Report on horse surra - Volume I
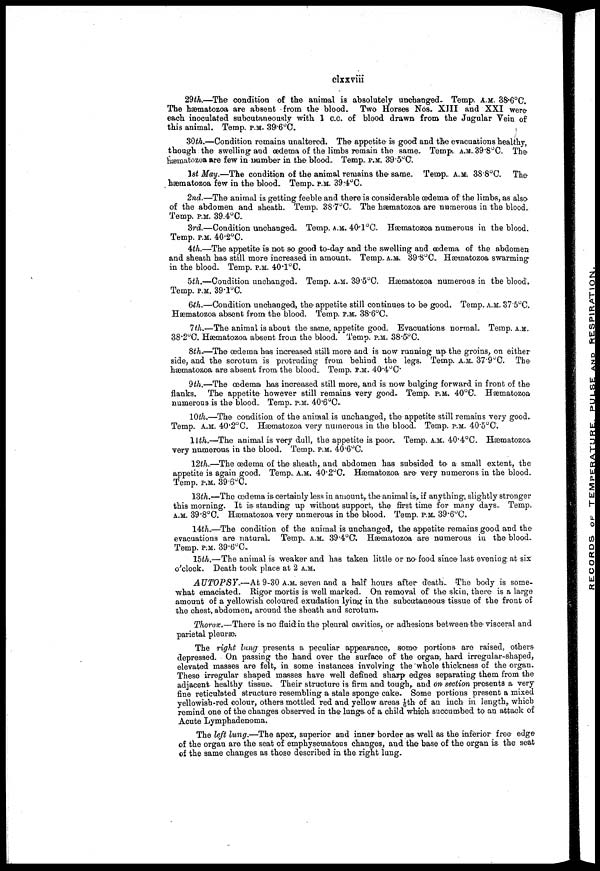
clxxviii
29th.—The condition of the animal is absolutely unchanged. Temp. A.M. 38.6°C.
The hæmatozoa are absent from the blood. Two Horses Nos. XIII and XXI were
each inoculated subcutaneously with 1 c.c. of blood drawn from the Jugular Vein of
this animal. Temp. P.M. 39.6°C.
30th.—Condition remains unaltered. The appetite is good and the evacuations healthy,
though the swelling and œdema of the limbs remain the same.. Temp A.M..39.8°C. The
hærnatozoa are few in number in the blood. Temp. P.M. 39.5°C.
1st May.—The condition of the animal remains the-same. Temp. A.M. 38.8°C. The
hæmatozoa few in the blood. Temp. P.M. 39.4°C.
2nd.—The animal is getting feeble and there is considerable œdema of the limbs, as also
of the abdomen and sheath.. Temp. 38.7°C.. The hæmatozoa are numerous in the blood.
Temp. P.M. 39.4°C.
3rd.—Condition unchanged. Temp. A.M. 40.1oC.. Hæmatoaoa numerous in the blood.
Temp. P.M. 40.2°C.
4th.—The appetite is not so good to-day and the swelling and œdema of the abdomen
and sheach baa still more increased in amount. Temp. A.M. 39.8°C Hæmatozoa swarming-
in the blood. Temp. P.M. 40.l°C.
5th.—Condition unchanged. Temp. A.M. 39.5°C. Hæmatozoa numerous in the blood.
Temp. P.M. 39.l°C.
6th.—Condition unchanged, the appetite still continues to be good. Temp. A.M. 37.5°C.
Hæmatozoa absent from the blood. Temp. P.M. 38.6°C.
7th.—The animal is about the same, appetite good. Evacuations normal.. Temp. A.M..
38.20C Hæmatozoa absent from the blood. Temp. p:m. 38.50C.
8th*—The œdema has increased still more and is now running up. the groins, on either
side, and the scrotum is protruding from behind the legs. Temp. A.M. 37.9°C. The-
hæmatozoa are absent from the blood.. Temp. P.M. 40.4°C.
9th.—The œdema has increased still more, and is now bulging forward in front of the
flanks.
The appetite however still remains very good. Temp. P.M. 40°C. Hæmatozoa
numerous is the blood. Temp. P.M. 40.6°C.
10th.—The condition of the animal is unchanged, the appetite still remains very good.
Temp. A.M. 40.2°C. Hæmatozoa very numerous in the blood. Temp. P.M. 40.5°C.
11th.—The animal is very dull, the appetite is poor.. Temp. A.M.. 40.4°C. Hæmatozoa
very numerous in the blood. Temp. P.M. 40.6°C.
12th..—The œdema of the sheath, and abdomen has subsided to a small extent, the
appetite is again good. Temp. A.M. 40.2°C. Hæmatozoa are- very numerous in the blood.
Temp. P.M. 39.6°C.
13th.—The œdema is certainly less in amount, the animal is, if anything-, slightly stronger
this morning. It is standing up without support, the first time for many days.. Temp.
A.M. 39.8°C. Hæmatozoa very numerous in the blood. Temp. P.M. 39.6°C.
14th..—The condition of the animal is unchanged, the appetite remains good and the
evacuations are natural. Temp. A.M. 39.4°C. Hæmatozoa are numerous in the blood.
Temp. P.M. 39.6°C.
15th.—The animal is weaker and has taken little or no food since last evening-at six
o'clock. Death took place at 2 A.M.
AUTOPSY-—At 9-30 A.M. seven and a half hours after death.. The body is some-
what emaciated. Rigor mortis is well marked. On removal of' the skin, there is a large
amount of a yellowish coloured exudation lying in the subcutaneous tissue of the front of
the chest, abdomen, around the sheath and scrotum.
Thorax.—There is-no fluid in the pleural cavities, or adhesions between the visceral and
parietal pleuræ-.
The right lung- presents a peculiar appearance, some portions are raised, others
depressed. On passing the hand over the surface of the organ, hard irregular-shaped,
elevated masses are felt, in some instances involving the 'whole thickness of the organ..
These irregular shaped masses have well defined sharp edges separating them from the
adjacent healthy tissue.. Their structure is firm and tough, and on section presents a very
fine reticulated structure resembling a stale sponge cake. Some portions present a mixed
yellowish-red colour, others mottled red and yellow areas 1/6th of an inch in length, which
remind one of the changes observed in the-lungs* of a child which succumbed to an attack of
Acute Lymphadenoma.
The left lung.—The apex, superior and inner border as well as the inferior free edge
of the organ are the seat of emphysematous changes, and the base of the organ is the seat
of the same changes as those described in the right lung.